Annual administration report of the Civil Veterinary Department of India - 1893-1894
Year: 1893
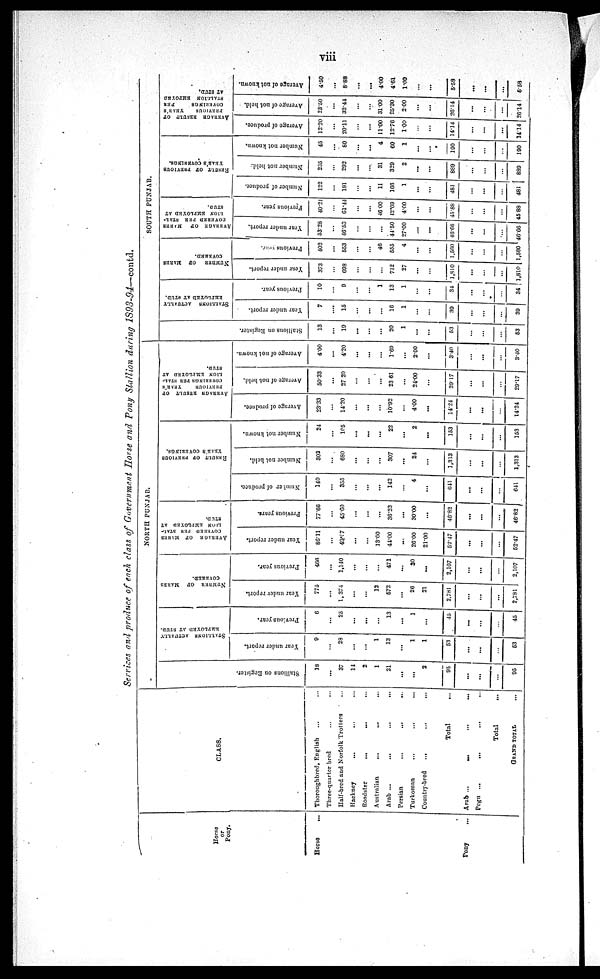
viii
Services and produce of each class of Government Horse and Pony Stallion during 1893-94—contd.
Horse
or
Pony.
Horse
...
Pony ...
CLASS.
Thoroughbred, English ... ...
Three-quarter bred
...
...
Half-bred and Norfolk Trotters ...
Hackney ... ... ...
Roadster
...
... ...
Australian
...
... ...
Arab ...
...
...
...
Persian
...
...
...
Turkoman
...
... ...
Country-bred
... ... ...
Total ...
Arab ...
... ...
Pegu ...
...
...
Total ...
GRAND TOTAL ...
NORTH PUNJAB.
Stallions on Register.
18
...
37
14
2
1
21
...
...
2
95
...
...
...
95
STALLIONS ACTUALLY
EMPLOYED AT STUD.
Year under report.
9
...
28
...
...
1
13
...
1
1
53
...
...
...
53
Previous year.
6
...
25
...
...
...
13
...
1
...
45
...
...
...
45
NUMBER OF
MAKES
COVERED.
Year under report.
775
...
1,374
...
...
13
572
...
26
...
2,781
...
...
...
2,781
Previous year.
466
...
1,140
...
...
...
471
...
30
...
2,107
...
...
...
2,107
AVERAGE
OF MARES
COVERED PER STAL-
LION EMPLOYED AT
STUD.
Year under report.
86.11
...
49.07
...
...
13.00
44.00
...
26.00
21.00
52.47
...
...
...
52.47
Previous years.
77.66
...
45.60
...
...
...
36.23
...
30.00
...
46.82
...
...
...
46.82
RESULT OF PREVIOUS
YEAR'S COVERINGS.
Number of produce.
140
...
355
...
...
...
142
...
4
...
641
...
...
...
641
Number not held.
302
...
680
...
...
...
307
...
24
...
1,313
...
...
...
1,313
Number not known.
24
...
105
...
...
...
22
...
2
...
153
...
...
...
153
AVERAGE RESULT
OF
PREVIOUS
YEAR'S
COVERINGS PER STAL-
LION EMPLOYED AT
STUD.
Average of produce.
23.33
...
14.20
...
...
...
10.92
...
4.00
...
14.24
...
...
...
14.24
Average of not held.
50.33
...
27.20
...
...
...
23.61
...
24.00
...
29.17
...
...
...
29.17
Average of not known.
4.00
...
4.20
...
...
...
1.69
...
2.00
...
3.40
...
...
...
3.40
SOUTH PUNJAB
Stallions on Register.
13
...
19
...
...
...
20
1
...
...
53
...
...
...
53
STALLIONS ACTUALLY
EMPLOYED AT STUD.
Year under report.
7
....
15
...
...
...
16
1
...
...
39
...
...
...
39
Previous year.
10
...
9
...
...
1
13
1
...
...
34
...
...
...
34
NUMBER OF MARES
COVERED.
Year under report.
373
...
698
...
...
...
712
27
...
...
1,810
...
...
...
1,810
Previous year.
402
...
553
...
...
46
555
4
...
...
1,560
...
...
...
1,560
AVERAGE OF
MARES
COVERED PER STAL-
LION EMPLOYED AT
STUD.
Year under report.
53.28
...
46.53
...
...
...
44.50
27.00
...
...
46.66
...
...
....
46.66
Previous year.
40.21
...
61.44
...
...
46.00
42.69
4.00
...
...
45.88
...
...
...
45 88
RESULT OF PERVIOUS
YEAR'S COVERINGS.
Number of produce.
122
...
181
...
...
11
166
1
...
...
481
...
...
...
481
Number not held.
235
...
292
...
...
31
329
2
...
...
889
...
...
...
889
Number not known.
45
...
80
...
...
4
60
1
...
...
190
...
...
...
190
AVERAGE RESULT
OF
PREVIOUS
YEAR'S
COVERINGS
PER
STALLION EMPOYED
AT STUD.
Average of produce.
12.20
...
20.11
...
...
11.00
12.76
1.00
...
...
14.14
...
...
...
14.14
Average of not held.
23.50
...
32.44
...
...
31.00
25.30
2.00
...
...
26.14
...
...
...
26.14
Average of not known.
4.50
...
8.88
...
...
4.00
4.61
1.00
...
...
5.58
...
...
...
5.58